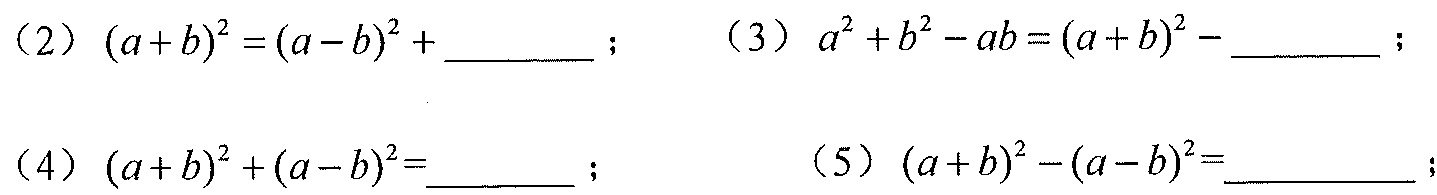
（2）\((a + b)^2=(a - b)^2+\underline{\quad\quad}\)； （3）\(a^{2}+b^{2}-ab=(a + b)^2-\underline{\quad\quad}\)；
（4）\((a + b)^2+(a - b)^2=\underline{\quad\quad}\)； （5）\((a + b)^2-(a - b)^2=\underline{\quad\quad}\)；